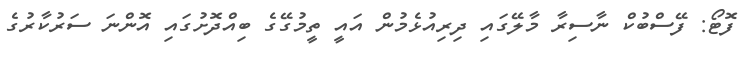
ފޮޓޯ: ފޭސްބުކް ނާސިރާ މާލޭގައި ދިރިއުޅެމުން އައީ ތީމުގޭގެ ބިއްދޮށުގައި އޮންނަ ސަރުކާރުގެ